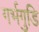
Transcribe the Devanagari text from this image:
गर्भगुडि